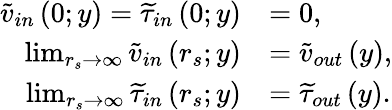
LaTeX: \begin{array}{rl}{\widetilde{v}_{in}\left(0;y\right)=\widetilde{\tau}_{in}\left(0;y\right)}&{=0,}\\ {\operatorname*{lim}_{r_{s}\to\infty}\widetilde{v}_{in}\left(r_{s};y\right)}&{=\widetilde{v}_{out}\left(y\right),}\\ {\operatorname*{lim}_{r_{s}\to\infty}\widetilde{\tau}_{in}\left(r_{s};y\right)}&{=\widetilde{\tau}_{out}\left(y\right).}\end{array}